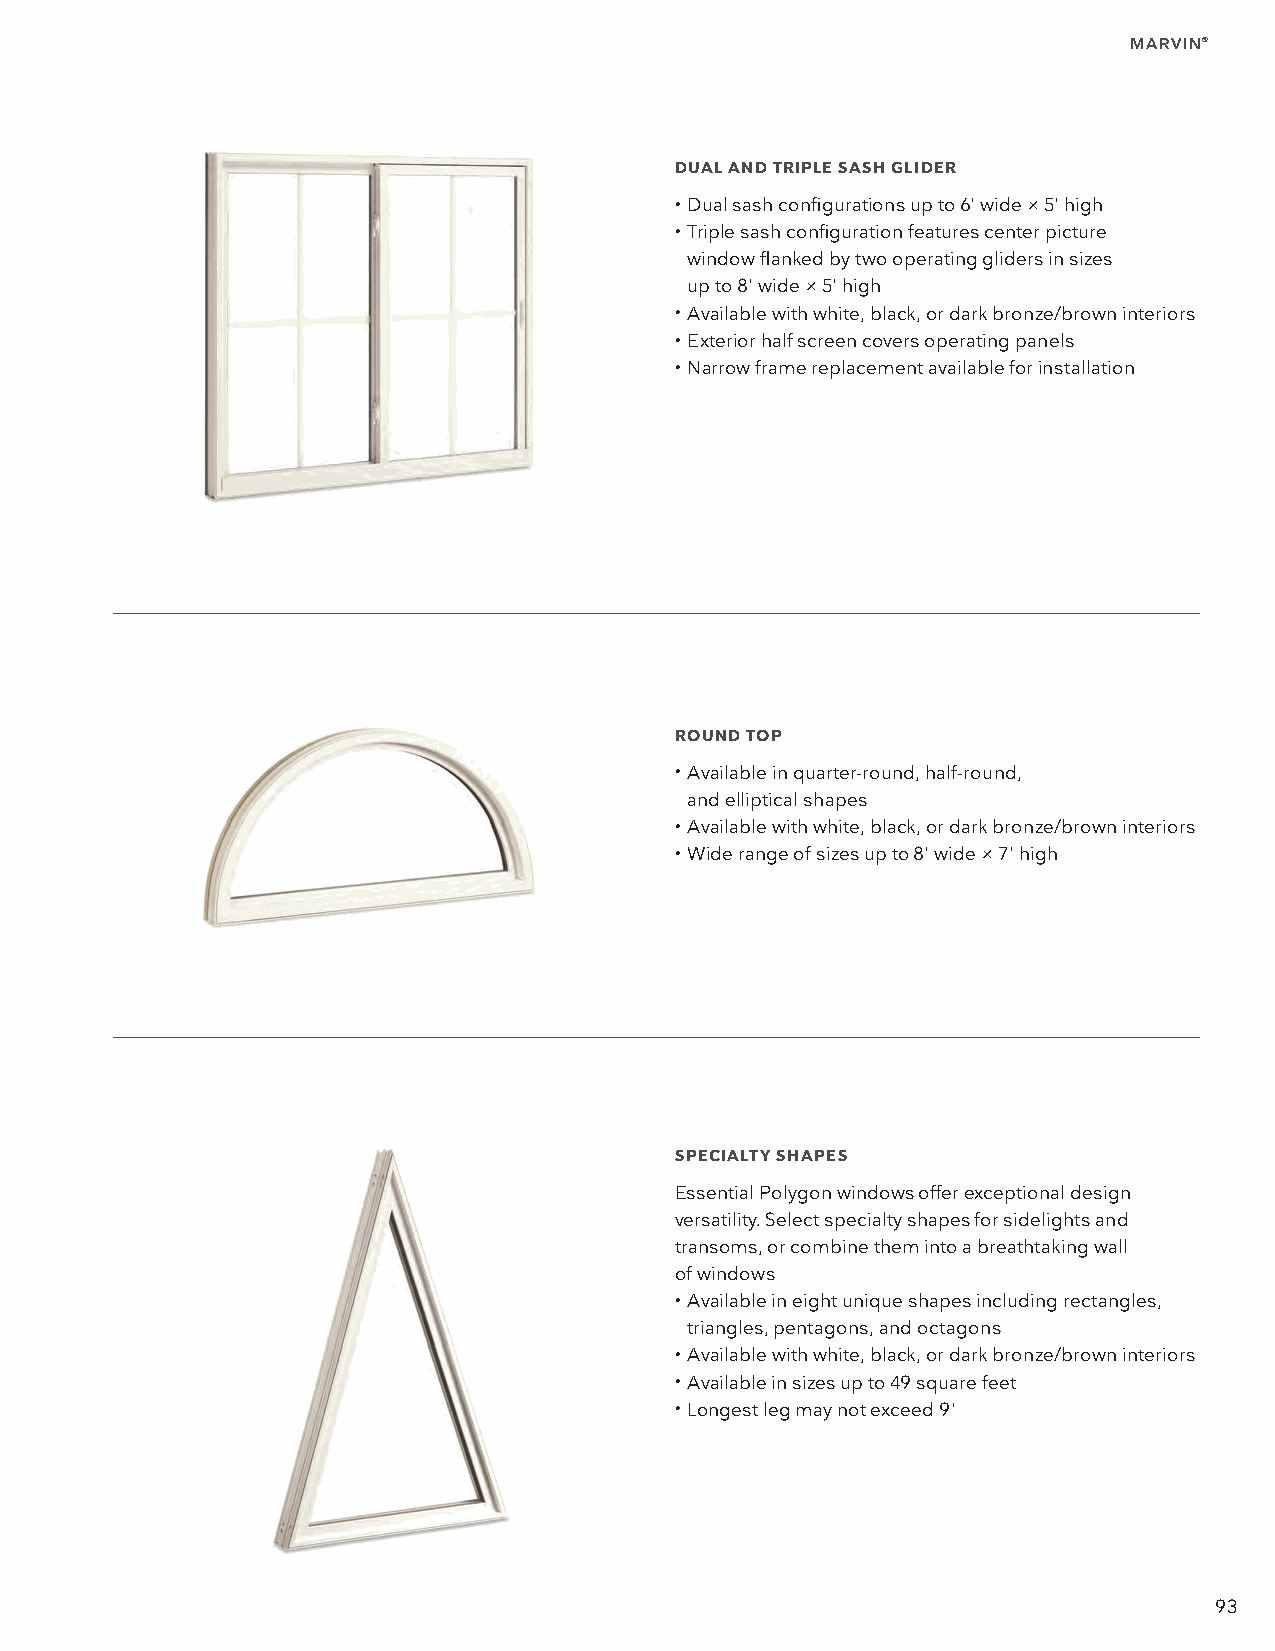
MARVIN®
 DUAL AND TRIPLE SASH GLIDER
 • D ual sash configurations up to 6' wide × 5' high
 • T riple sash configuration features center picture
 window flanked by two operating gliders in sizes
 up to 8' wide × 5' high
 • A vailable with white, black, or dark bronze/brown interiors
 • E xterior half screen covers operating panels
 • N arrow frame replacement available for installation
 ROUND TOP
 • A vailable in quarter-round, half-round,
 and elliptical shapes
 • A vailable with white, black, or dark bronze/brown interiors
 • W ide range of sizes up to 8' wide × 7' high
 SPECIALTY SHAPES
 Essential Polygon windows offer exceptional design
 versatility. Select specialty shapes for sidelights and
 transoms, or combine them into a breathtaking wall
 of windows
 • A vailable in eight unique shapes including rectangles,
 triangles, pentagons, and octagons
 • A vailable with white, black, or dark bronze/brown interiors
 • A vailable in sizes up to 49 square feet
 • L ongest leg may not exceed 9'
 93